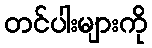
တင်ပါးများကို